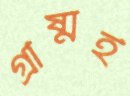
গ্রীষ্মই